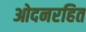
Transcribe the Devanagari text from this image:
ओदनरहित